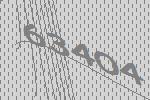
63404